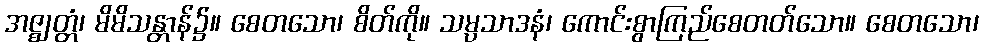
အဇ္ဈတ္တံ၊ မိမိသန္တာန်၌။ စေတသော၊ စိတ်ကို။ သမ္ပသာဒနံ၊ ကောင်းစွာကြည်စေတတ်သော။ စေတသော၊